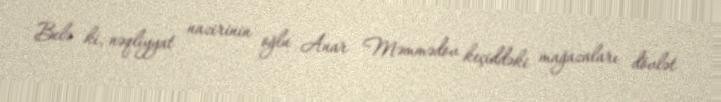
Belə ki, nəqliyyat nazirinin oğlu Anar Məmmədov keçiddəki mağazaları dövlət